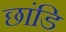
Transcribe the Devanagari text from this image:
छांडि